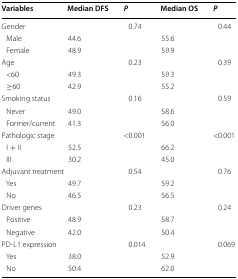
<table><thead><tr><td><b>Variables</b></td><td><b>Median DFS</b></td><td><b><i>P</i></b></td><td><b>Median OS</b></td><td><b><i>P</i></b></td></tr></thead><tbody><tr><td colspan="2">Gender</td><td>0.74</td><td></td><td>0.44</td></tr><tr><td> Male</td><td>44.6</td><td></td><td>55.6</td><td></td></tr><tr><td> Female</td><td>48.9</td><td></td><td>59.9</td><td></td></tr><tr><td colspan="2">Age</td><td>0.23</td><td></td><td>0.39</td></tr><tr><td> &lt;60</td><td>49.3</td><td></td><td>59.3</td><td></td></tr><tr><td> ≥60</td><td>42.9</td><td></td><td>55.2</td><td></td></tr><tr><td colspan="2">Smoking status</td><td>0.16</td><td></td><td>0.59</td></tr><tr><td> Never</td><td>49.0</td><td></td><td>58.6</td><td></td></tr><tr><td> Former/current</td><td>41.3</td><td></td><td>56.0</td><td></td></tr><tr><td colspan="2">Pathologic stage</td><td>&lt;0.001</td><td></td><td>&lt;0.001</td></tr><tr><td> I + II</td><td>52.5</td><td></td><td>66.2</td><td></td></tr><tr><td> III</td><td>30.2</td><td></td><td>45.0</td><td></td></tr><tr><td colspan="2">Adjuvant treatment</td><td>0.54</td><td></td><td>0.76</td></tr><tr><td> Yes</td><td>49.7</td><td></td><td>59.2</td><td></td></tr><tr><td> No</td><td>46.5</td><td></td><td>56.5</td><td></td></tr><tr><td colspan="2">Driver genes</td><td>0.23</td><td></td><td>0.24</td></tr><tr><td> Positive</td><td>48.9</td><td></td><td>58.7</td><td></td></tr><tr><td> Negative</td><td>42.0</td><td></td><td>50.4</td><td></td></tr><tr><td colspan="2">PD-L1 expression</td><td>0.014</td><td></td><td>0.069</td></tr><tr><td> Yes</td><td>38.0</td><td></td><td>52.9</td><td></td></tr><tr><td> No</td><td>50.4</td><td></td><td>62.0</td><td></td></tr></tbody></table>